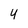
Character: 4